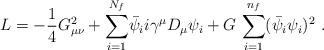
LaTeX: \begin{align*}L=-{\frac{1}{4}} G^2_{\mu \nu} + {\sum\limits^{N_f}_{i=1}}\bar{\psi}_{i} i \gamma^{\mu}D_{\mu}\psi_i + G ~{\sum\limits^{n_f}_{i=1}} (\bar{\psi}_i \psi_i)^2~.\end{align*}